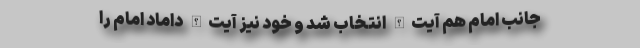
جانب امام هم آیت‌الله انتخاب شد و خود نیز آیت‌الله داماد امام را